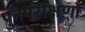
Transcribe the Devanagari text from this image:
पुनर्परीक्षणों